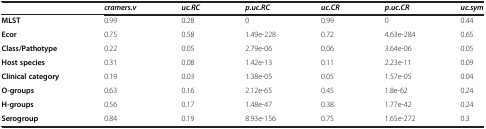
<table><thead><tr><td><b> </b></td><td><b><i>cramers.v</i></b></td><td><b><i>uc.RC</i></b></td><td><b><i>p.uc.RC</i></b></td><td><b><i>uc.CR</i></b></td><td><b><i>p.uc.CR</i></b></td><td><b><i>uc.sym</i></b></td></tr></thead><tbody><tr><td><b>MLST</b></td><td>0.99</td><td>0.28</td><td>0</td><td>0.99</td><td>0</td><td>0.44</td></tr><tr><td><b>Ecor</b></td><td>0.75</td><td>0.58</td><td>1.49e-228</td><td>0.72</td><td>4.63e-284</td><td>0.65</td></tr><tr><td><b>Class/Pathotype</b></td><td>0.22</td><td>0.05</td><td>2.79e-06</td><td>0.06</td><td>3.64e-06</td><td>0.05</td></tr><tr><td><b>Host species</b></td><td>0.31</td><td>0.08</td><td>1.42e-13</td><td>0.11</td><td>2.23e-11</td><td>0.09</td></tr><tr><td><b>Clinical category</b></td><td>0.19</td><td>0.03</td><td>1.38e-05</td><td>0.05</td><td>1.57e-05</td><td>0.04</td></tr><tr><td><b>O-groups</b></td><td>0.63</td><td>0.16</td><td>2.12e-65</td><td>0.45</td><td>1.8e-62</td><td>0.24</td></tr><tr><td><b>H-groups</b></td><td>0.56</td><td>0.17</td><td>1.48e-47</td><td>0.38</td><td>1.77e-42</td><td>0.24</td></tr><tr><td><b>Serogroup</b></td><td>0.84</td><td>0.19</td><td>8.93e-156</td><td>0.75</td><td>1.65e-272</td><td>0.3</td></tr></tbody></table>